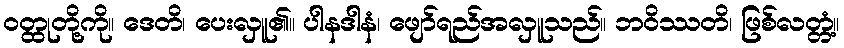
ဝတ္ထုတို့ကို။ ဒေတိ၊ ပေးလှူ၏။ ပါနဒါနံ၊ ဖျော်ရည်အလှူသည်။ ဘဝိဿတိ၊ ဖြစ်လတ္တံ့။